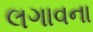
લગાવના